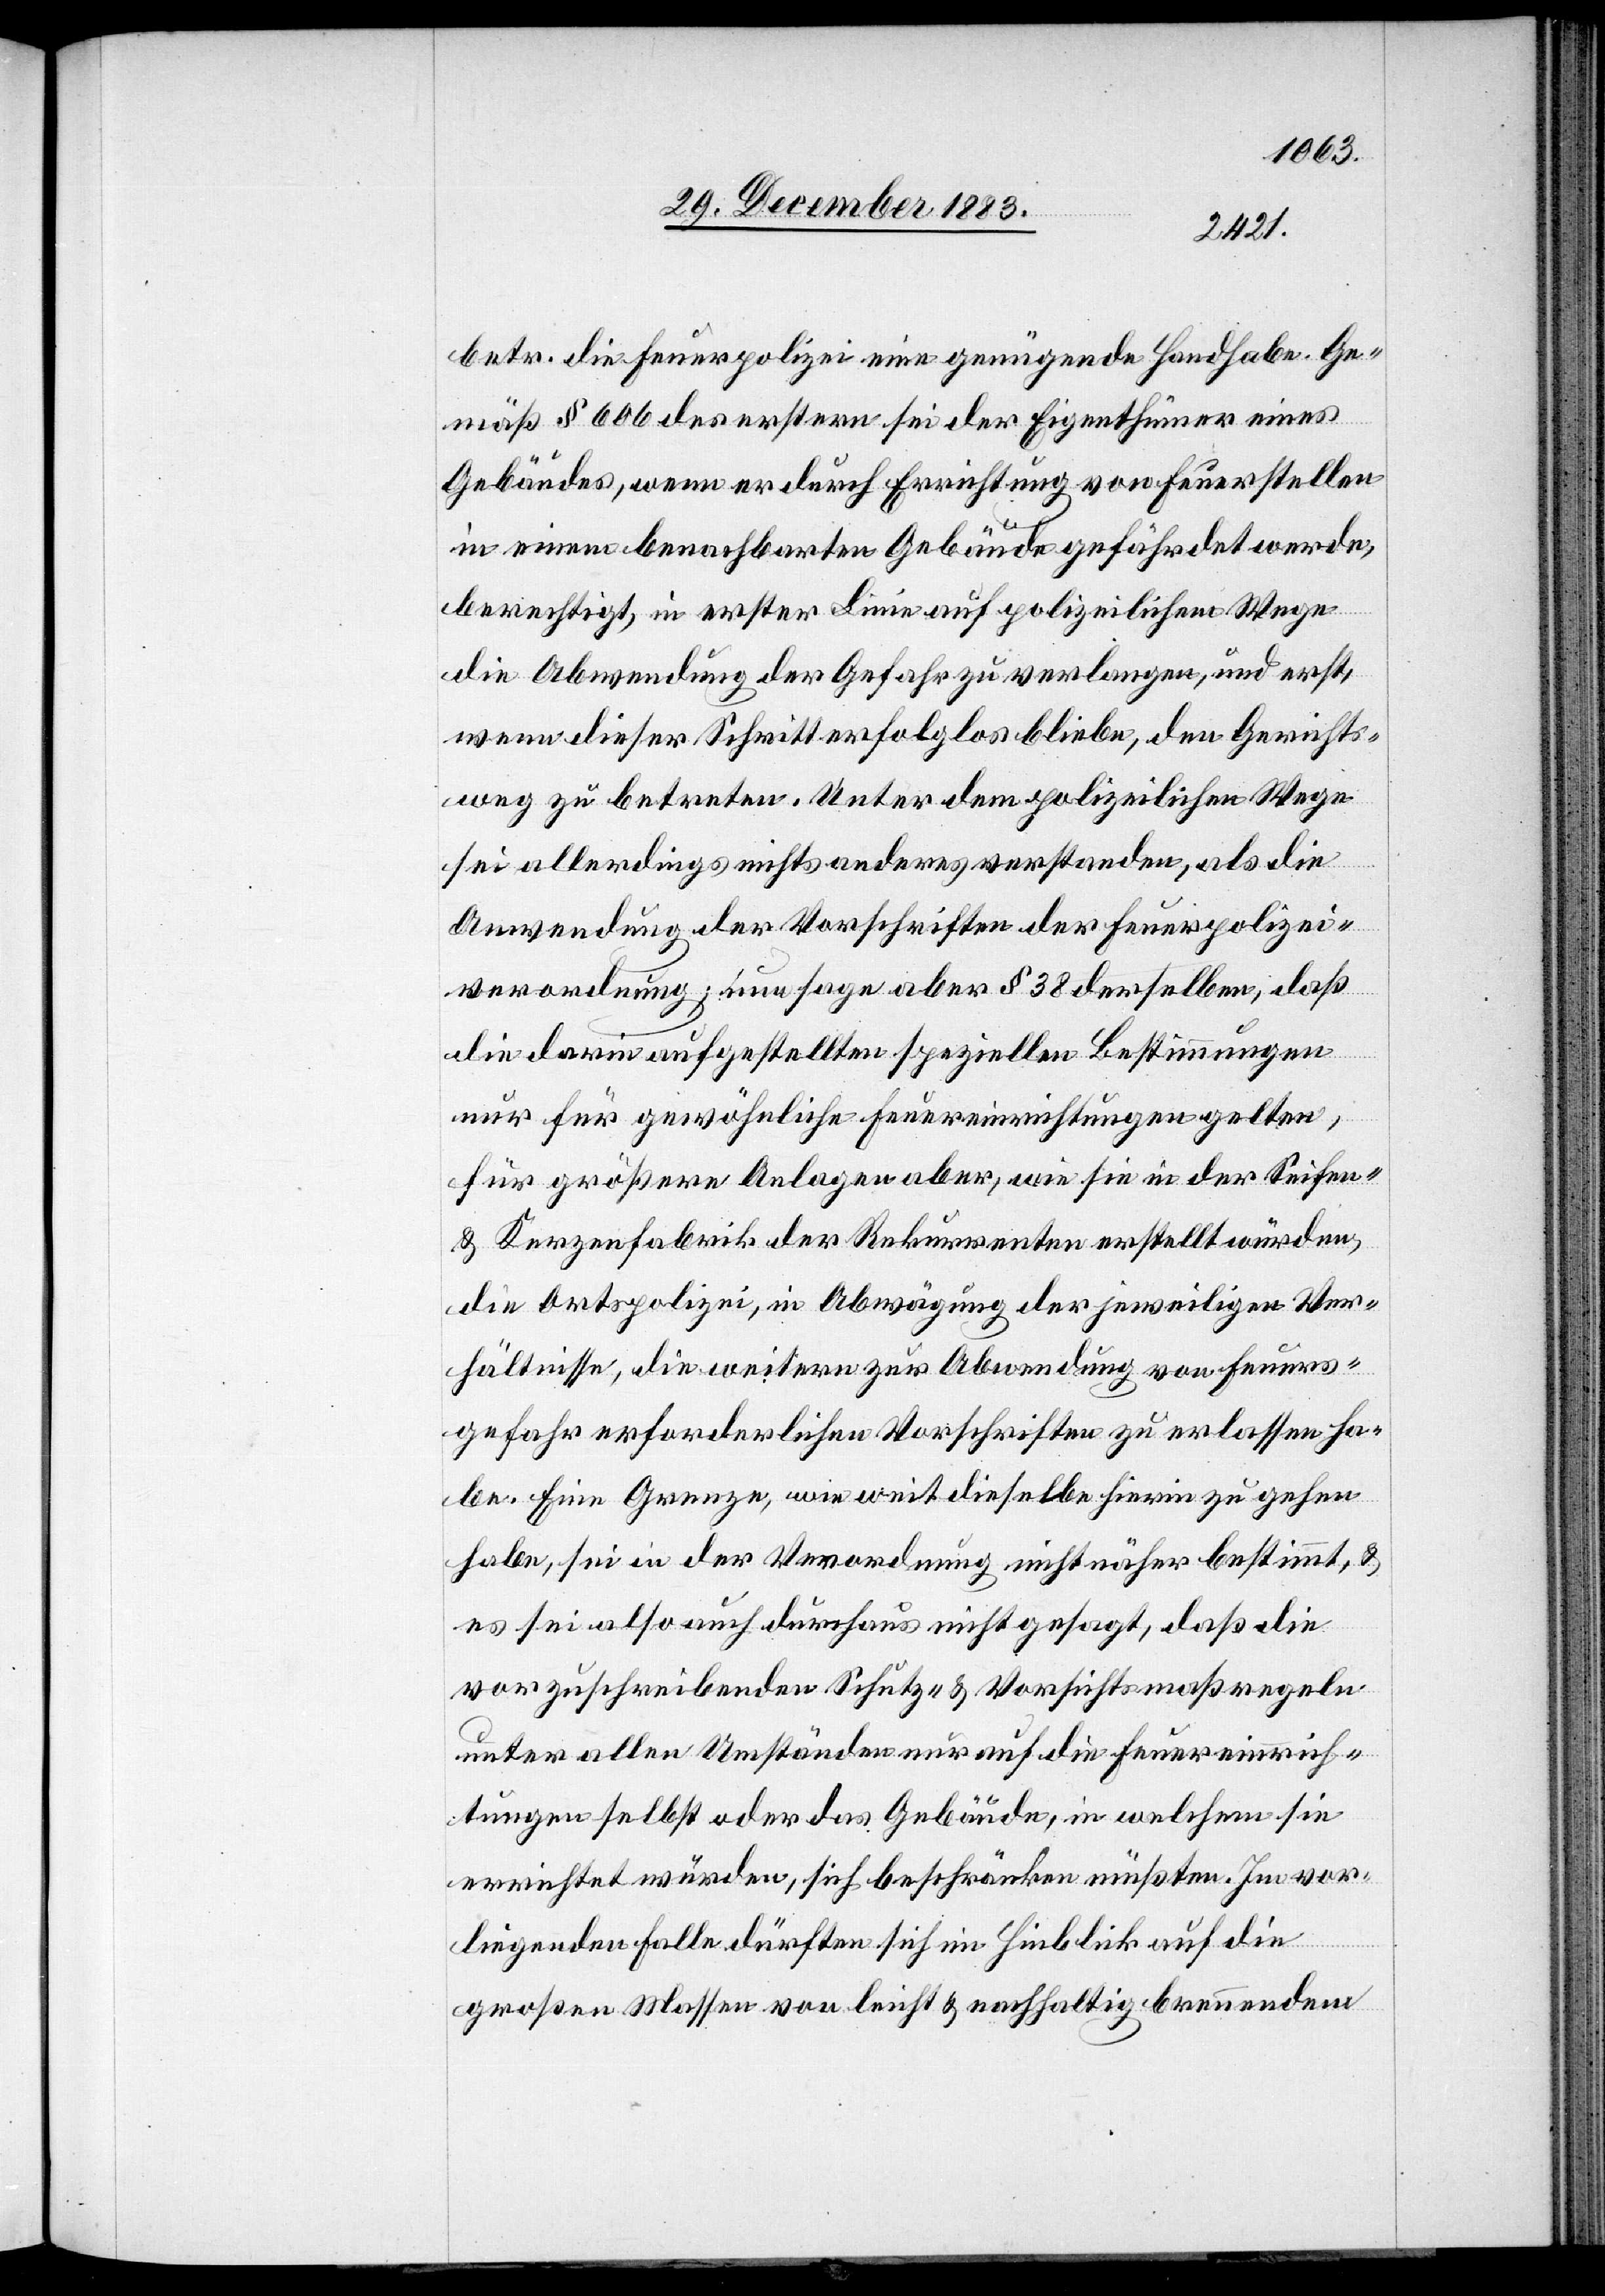
betr. die Feuerpolizei eine genügende Handhabe. Ge¬
mäß § 606 des erstern sei der Eigenthümer eines
Gebäudes, wenn er durch Errichtung von Feuerstellen
in einem benachbarten Gebäude gefördert werde,
berechtigt, in erster Linie auf polizeilichem Wege
die Abwendung der Gefahr zu verlangen, und erst,
wenn dieser Schritt erfolglos bliebe, den Gerichts¬
weg zu betreten. Unter dem polizeilichen Wege
sei allerdings nichts anderes verstanden, als die
Anwendung der Vorschriften der Feuerpolizei¬
verordnung; nun sage aber § 38 derselben, daß
die darin aufgestellten speziellen Bestimmungen
nur für gewöhnliche Feuereinrichtungen gelten,
für größere Anlagen aber, wie sie in der Seifen-
& Kerzenfabrik der Rekurrenten erstellt würden,
die Ortspolizei, in Abwägung der jeweiligen Ver¬
hältnisse, die weitern zur Abwendung von Feuers¬
gefahr erforderlichen Vorschriften zu erlassen ha¬
be. Eine Grenze, wie weit dieselbe hierin zu gehen
habe, sei in der Verordnung nicht näher bestimmt, &
es sei also auch durchaus nicht gesagt, daß die
vorzuschreibenden Schutz- & Vorsichtsmaßregeln
unter allen Umständen nur auf die Feuereinrich¬
tungen selbst oder das Gebäude, in welchem sie
errichtet wurden, sich beschränken müßten. Im vor¬
liegenden Falle dürften sich im Hinblick auf die
großen Massen von leicht & nachhaltig brennendem